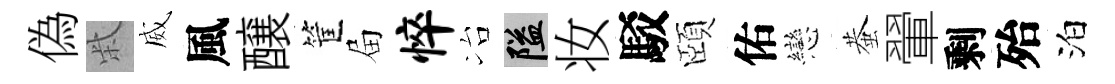
偽柴威風醸筐屇悴冶隘妆駁頤佑戀蛬翬剩殆泊